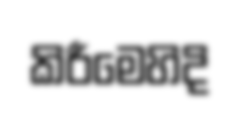
කිරීමෙහිදි